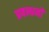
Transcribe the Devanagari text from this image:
प्रबन्धनाें